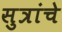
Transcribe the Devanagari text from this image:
सुत्रांचे